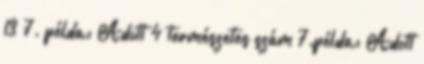
13 7. példa: Adott 4 természetes szám 7.példa: Adott